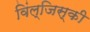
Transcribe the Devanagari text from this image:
विंल्जिस्की